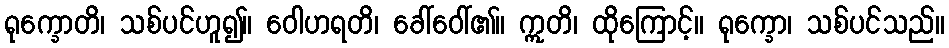
ရုက္ခောတိ၊ သစ်ပင်ဟူ၍။ ဝေါဟရတိ၊ ခေါ်ဝေါ်၏။ ဣတိ၊ ထိုကြောင့်။ ရုက္ခော၊ သစ်ပင်သည်။